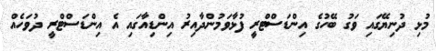
މުޅި ދުނިޔޭގައި ވަގު ބޭހުގެ އިންޑަސްޓްރީ ފުޅާވަމުންދާއިރު އިންޑިއާގައި އެ އިންޑަސްޓްރީ ދުވަހެއް